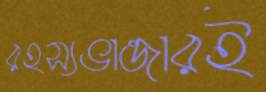
রহস্যভান্ডারই